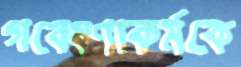
গবেষণাকর্মকে